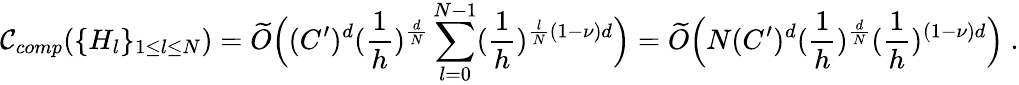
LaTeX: \mathcal{C}_{comp}(\{ H_{l}\} _{1\leq l\leq N})=\widetilde{O}\Big((C^{\prime})^{d}(\frac{1}{h})^{\frac{d}{N}}\sum_{l=0}^{N-1}(\frac{1}{h})^{\frac{l}{N}(1-\nu)d}\Big)=\widetilde{O}\Big(N(C^{\prime})^{d}(\frac{1}{h})^{\frac{d}{N}}(\frac{1}{h})^{(1-\nu)d}\Big)\ .